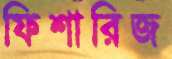
ফিশারিজ